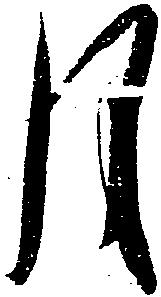
月